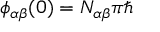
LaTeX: \phi _ { \alpha \beta } ( 0 ) = N _ { \alpha \beta } \pi \hbar